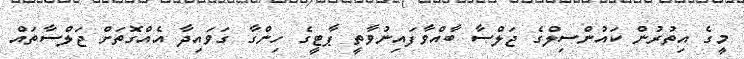
މީގެ އިތުރުން ކައުންސިލްގެ ޖަލްސާ ބާއްވާފައިނުވާތީ ޕާޓީގެ ހިންގާ ގަވައިދާ އެއްގޮތަށް ޖަލްސާތައް